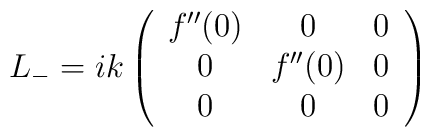
L_{-}=ik\left(\begin{array}{ccc}f^{\prime\prime}(0)&0&0\\0&f^{\prime\prime}(0)&0\\0&0&0\end{array}\right)